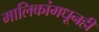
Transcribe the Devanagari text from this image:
मालिकांमधूनही